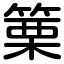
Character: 篥